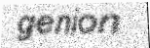
genion